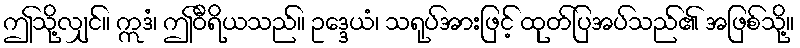
ဤသို့လျှင်။ ဣဒံ၊ ဤဝီရိယသည်။ ဥဒ္ဒေယံ၊ သရုပ်အားဖြင့် ထုတ်ပြအပ်သည်၏ အဖြစ်သို့။